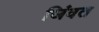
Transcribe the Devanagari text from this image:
जिंवत